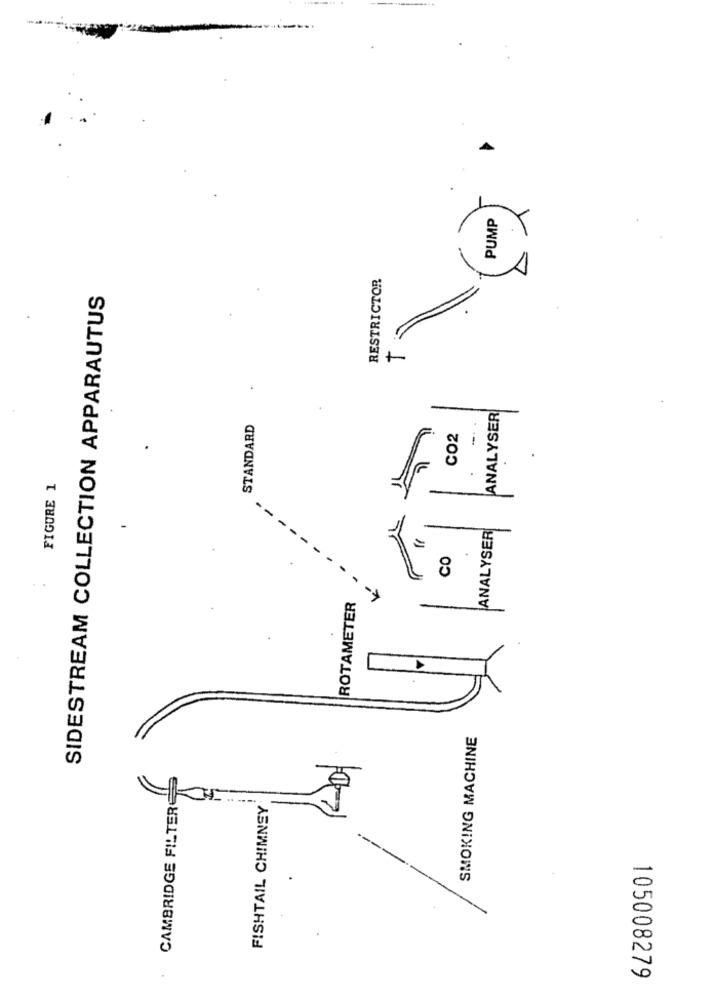
PUMP
RESTRICTOR
SIDESTREAM COLLECTION APPARAUTUS
ANALYSER
STANDARD
CO2
F
FIGURE 1
--
ANALYSER
-
CO
ROTAMETER
SMOKING MACHINE
CAMBRIDGE FILTERE
FISHTAIL CHIMNEY
--
105008279